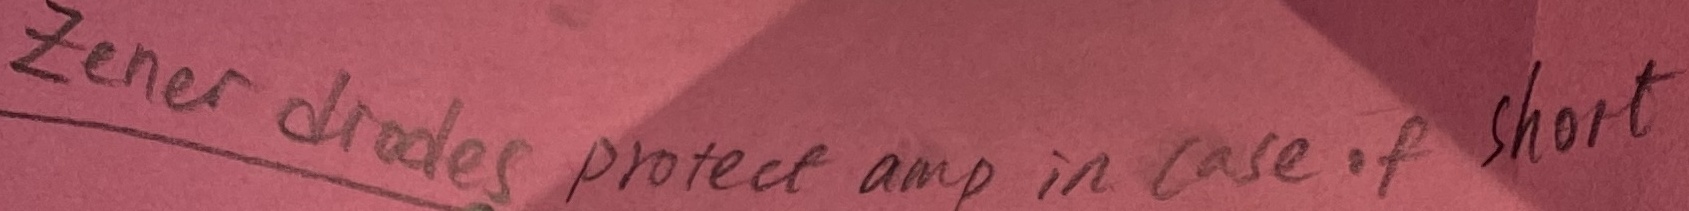
Text: zener diodes protect amp in case of short